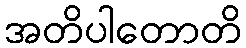
အတိပါတောတိ